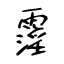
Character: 霪